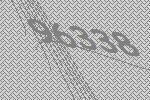
96338